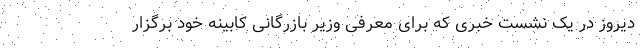
دیروز در یک نشست خبری که برای معرفی وزیر بازرگانی کابینه خود برگزار